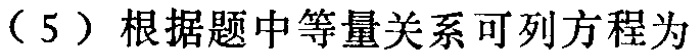
（5）根据题中等量关系可列方程为